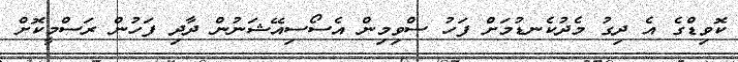
ކޮވިޑްގެ އެ ދިގު މެދުކެނޑުމަށް ފަހު ސްވިމިން އެސޯސިއޭޝަނުން ދާދި ފަހުން ރަސްމީކޮށް